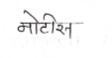
मजकूर: नोटीस